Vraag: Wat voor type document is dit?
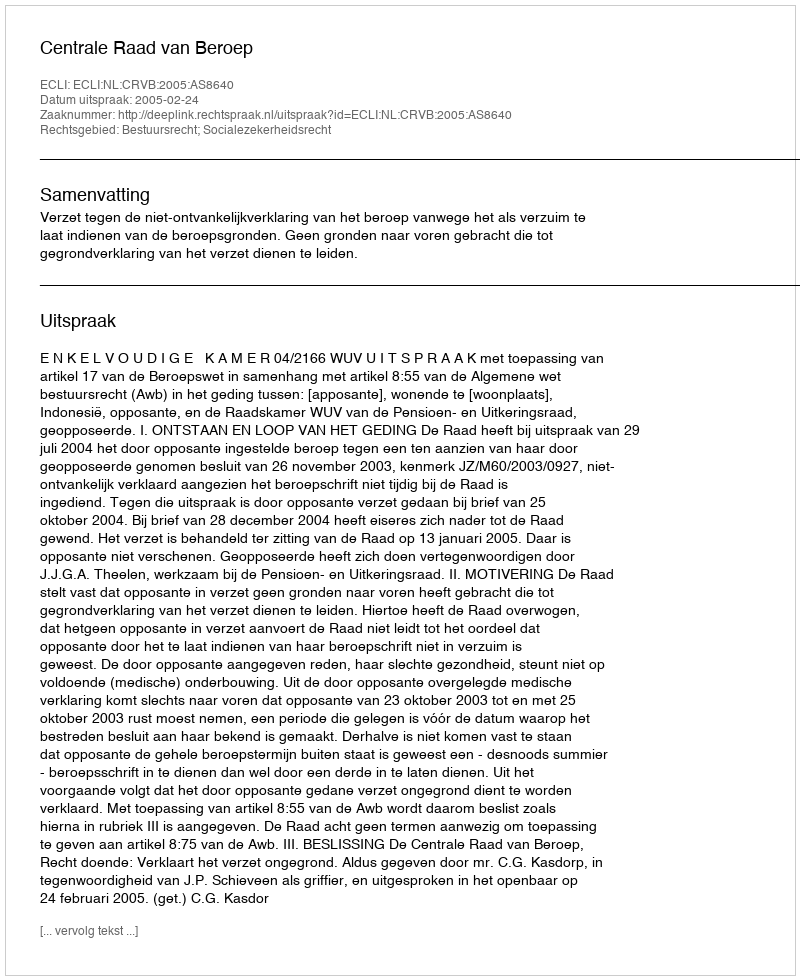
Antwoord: Uitspraak